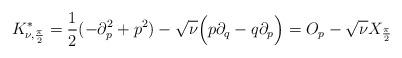
LaTeX: \begin{align*}K^*_{\nu,\frac{\pi}{2}}=\frac{1}{2}(-\partial_p^2+p^2)-\sqrt{\nu}\Big(p\partial_q-q\partial_p\Big)=O_p-\sqrt{\nu}X_{\frac{\pi}{2}}\end{align*}